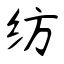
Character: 纺